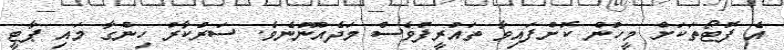
އެ ފޮޓޯތަކަށް މީހުން ކޮށްފައިވާ ތައުރީފުވެސް މަދެއްނޫނެވެ. ސަރުކާރު ހިންގާ މައި ޕާޓީ